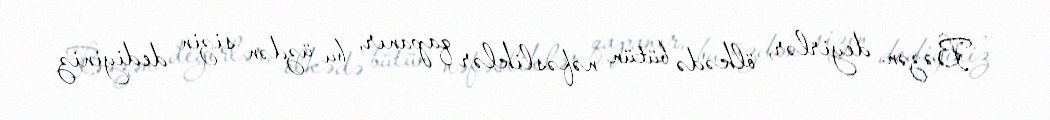
– Bəzən deyirlər, ölkədə bütün nəfəsliklər qapanır, bu üzdən sizin dediyiniz